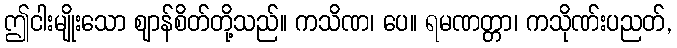
ဤငါးမျိုးသော ဈာန်စိတ်တို့သည်။ ကသိဏ၊ ပေ။ ရမဏတ္တာ၊ ကသိုဏ်းပညတ်,